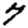
Digit: 7